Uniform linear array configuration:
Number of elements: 16
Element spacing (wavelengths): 0.75
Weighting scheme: binomial
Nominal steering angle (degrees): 0
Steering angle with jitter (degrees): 0.2894
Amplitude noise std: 0.05
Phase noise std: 0.05

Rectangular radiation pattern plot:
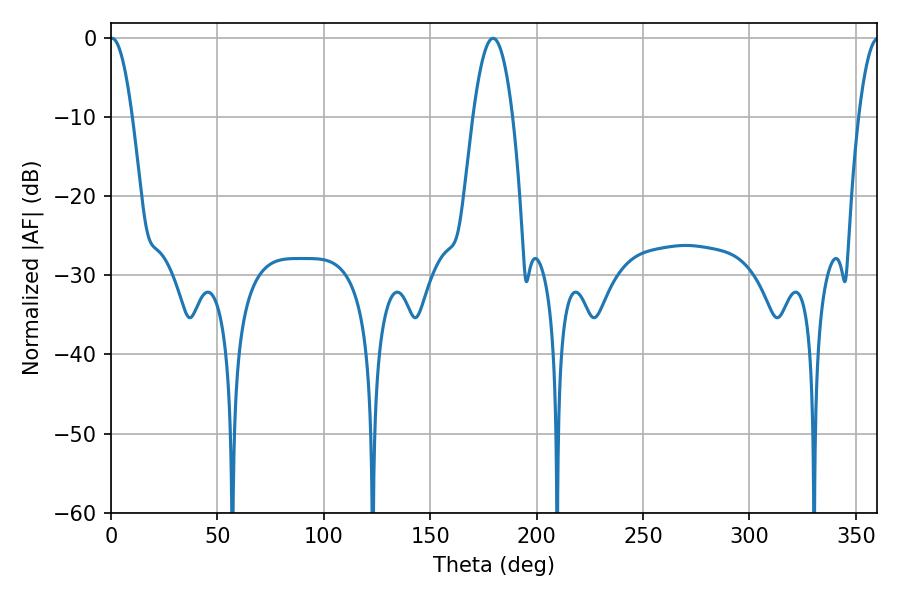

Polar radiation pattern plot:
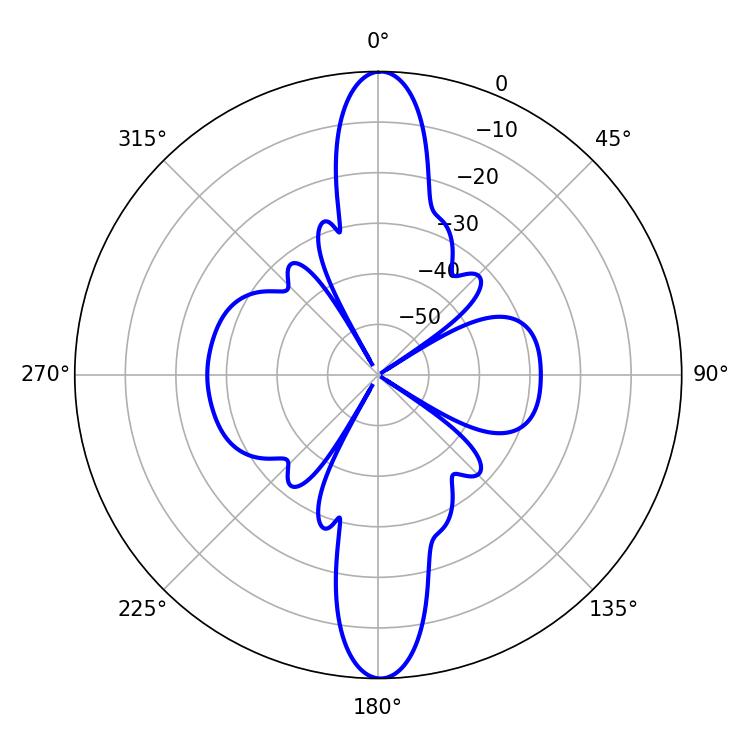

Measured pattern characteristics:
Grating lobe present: TRUE
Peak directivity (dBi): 27.903
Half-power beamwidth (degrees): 5.58
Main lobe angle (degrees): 0.54